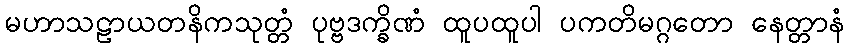
မဟာသဠာယတနိကသုတ္တံ ပုဗ္ဗဒက္ခိဏံ ထူပထူပါ ပကတိမဂ္ဂတော နေတ္တာနံ